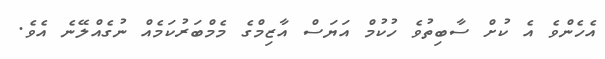
އެހެންވެ އެ ކުށް ސާބިތުވެ ހުކުމް އަޔަސް އާޒިމްގެ މެމްބަރުކަމެއް ނުގެއްލޭނެ އެވެ.